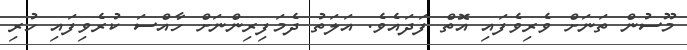
މޫސުން ތަނަށް ވެރިވެފައި އޮތް ފަދައެވެ. އަލަތު ދެމަފިރިންނަށް ހާއްސަ ކުރެވިފައި ހުރި